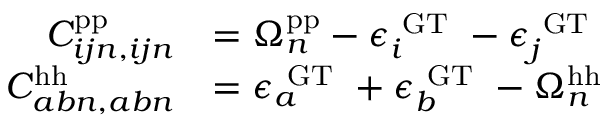
\begin{array} { r l } { C _ { i j n , i j n } ^ { \mathrm { p p } } } & { = \Omega _ { n } ^ { \mathrm { p p } } - \epsilon _ { i } ^ { \mathrm { ~ G T ~ } } - \epsilon _ { j } ^ { \mathrm { ~ G T ~ } } } \\ { C _ { a b n , a b n } ^ { \mathrm { h h } } } & { = \epsilon _ { a } ^ { \mathrm { ~ G T ~ } } + \epsilon _ { b } ^ { \mathrm { ~ G T ~ } } - \Omega _ { n } ^ { \mathrm { h h } } } \end{array}